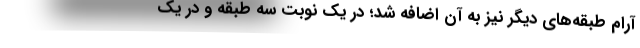
آرام طبقه‌های دیگر نیز به آن اضافه شد؛ در یک نوبت سه طبقه و در یک